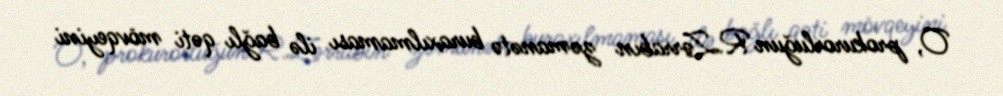
O, prokurorluğun R.Zərrabın zəmanətə buraxılmaması ilə bağlı qəti mövqeyini